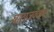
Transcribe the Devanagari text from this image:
घाटाजवळच